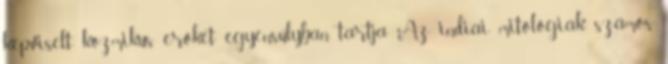
képviselt kozmikus erőket egyensúlyban tartja. Az indiai mitológiák számos